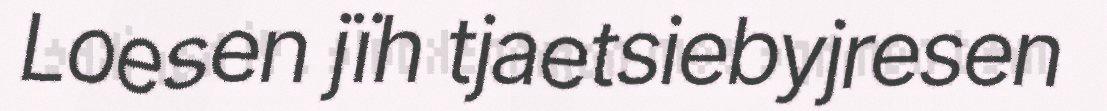
Loesen jïh tjaetsiebyjresen